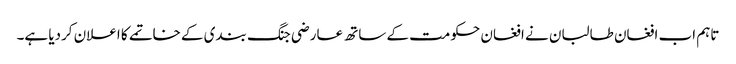
تاہم اب افغان طالبان نے افغان حکومت کے ساتھ عارضی جنگ بندی کے خاتمے کا اعلان کردیا ہے۔